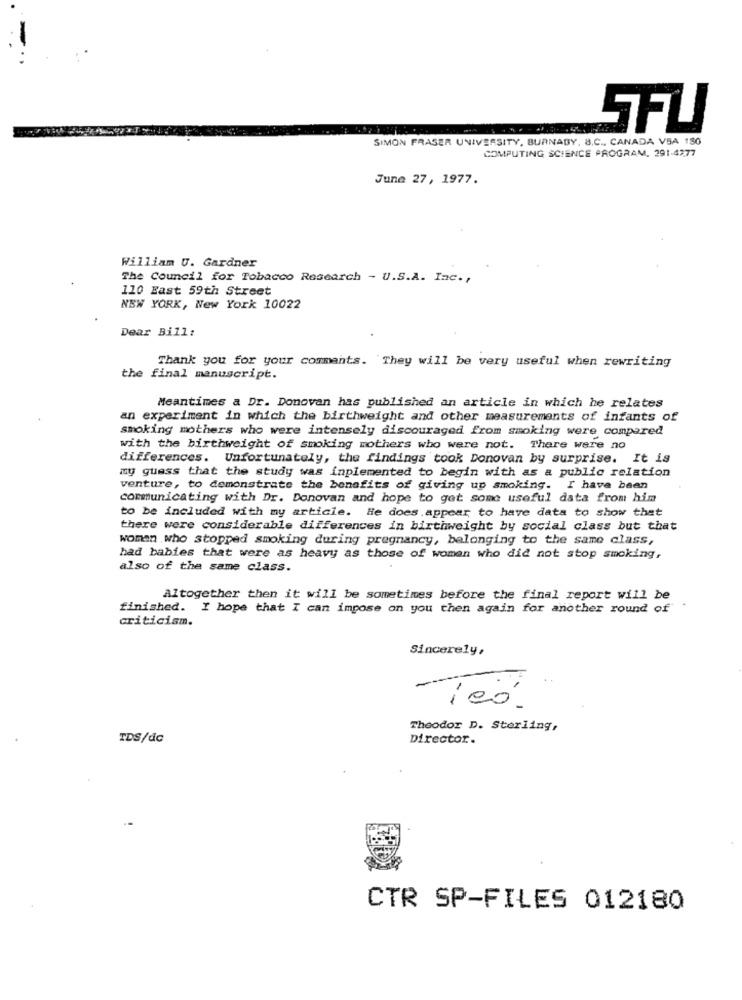
SFLI
SIMON FRASER UNIVERSITY, BURNABY, B.C ., CANADA VSA 180
COMPUTING SCIENCE PROGRAM, 291-4777
June 27, 1977.
William U. Gardner
The Council for Tobacco Research - U.S.A. Inc .,
110 Fast 59th Street
NEW YORK, New York 10022
Dear Bill:
Thank you for your comments. They will be very useful when rewriting
the final manuscript.
Meantimes a Dr. Donovan has published an article in which he relates
an experiment in which the birthweight and other measurements of infants of
smoking mothers who were intensely discouraged From smoking were compared
with the birthweight of smoking mothers who were not. There were no
differences. Unfortunately, the findings took Donovan by surprise. It is
my guess that the study was inplemented to begin with as a public relation
venture, to demonstrate the benefits of giving up smoking. I have been
communicating with Dr. Donovan and hope to get some useful data from him
to be included with my article. He does appear to have data to show that
there were considerable differences in birthweight by social class but that
women who stopped smoking during pregnancy, belonging to the same class,
had babies that were as heavy as those of woman who did not stop smoking,
also of the same class.
Altogether then it will be sometimes before the final report will be
finished. I hope that I can impose on you then again for another round of".
criticism.
Sincerely,
--
Theodor D. Sterling,
TDS/dc
Director.
CTR SP-FILES 012180